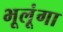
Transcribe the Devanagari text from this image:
भूलूंगा